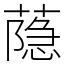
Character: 𦻕